画像に写った文字を読んでください
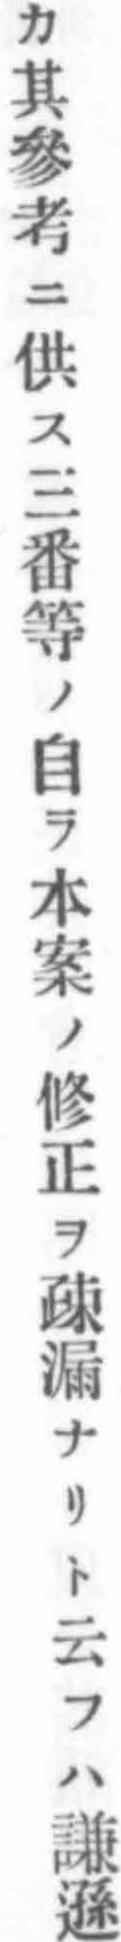
「カ其參考ニ供ス三番等ノ自ラ本案ノ修正ヲ疎漏ナリト云フハ謙遜」と書いてあります